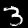
Label: 3